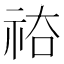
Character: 𥙗